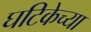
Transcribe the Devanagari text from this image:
घटिकेच्या